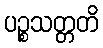
ပဉ္စသတ္တတိ